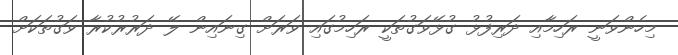
މިހެންވަނީ ރަހިމާއި ދަރިފުޅު ގުޅޭވަގުތަކީ ރަހިމުގައި ވަރަށް ގިނައިން ލޭ ދަރުރުކުރާ ވަގުތަކަށް